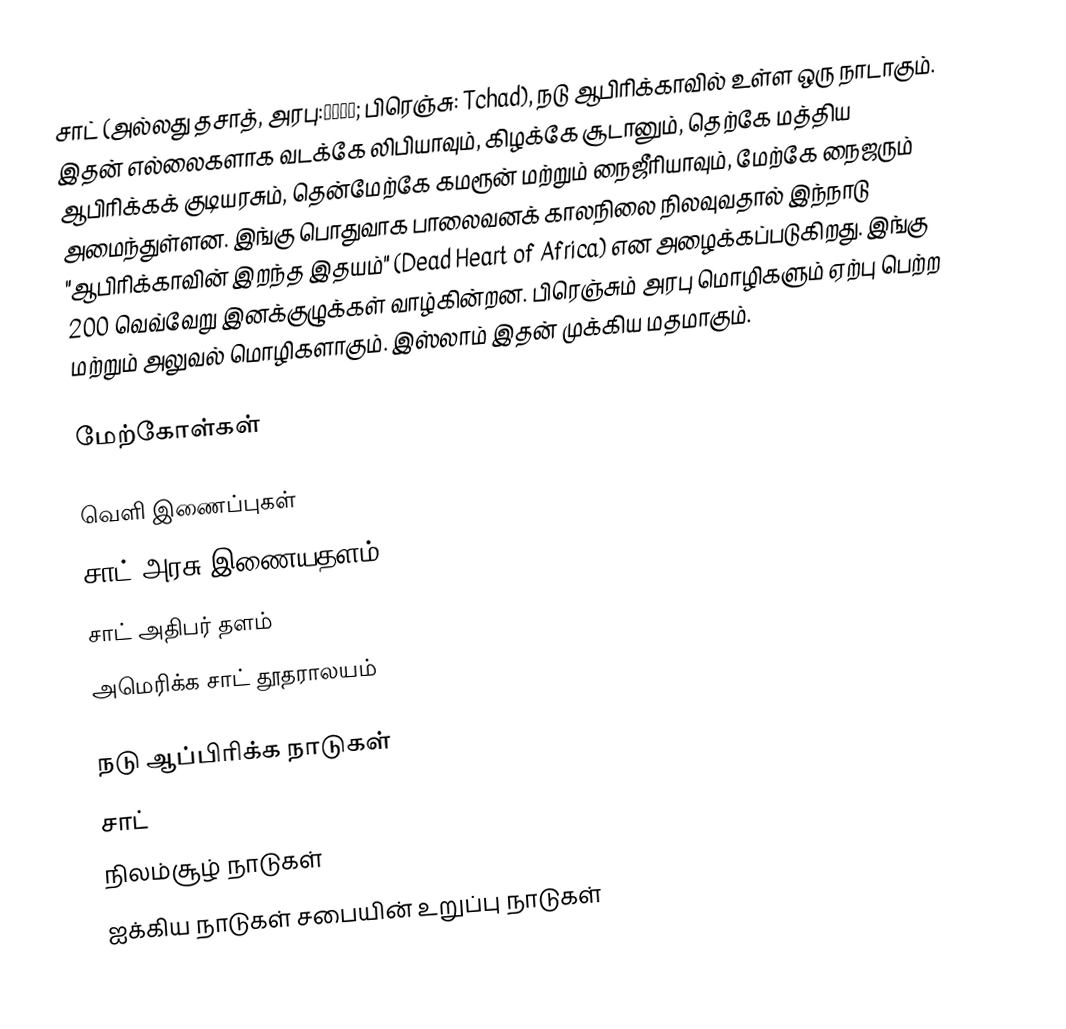
சாட் (அல்லது தசாத், அரபு:تشاد; பிரெஞ்சு: Tchad), நடு ஆபிரிக்காவில் உள்ள ஒரு நாடாகும். இதன் எல்லைகளாக வடக்கே லிபியாவும், கிழக்கே சூடானும், தெற்கே மத்திய ஆபிரிக்கக் குடியரசும், தென்மேற்கே கமரூன் மற்றும் நைஜீரியாவும், மேற்கே நைஜரும் அமைந்துள்ளன. இங்கு பொதுவாக பாலைவனக் காலநிலை நிலவுவதால் இந்நாடு "ஆபிரிக்காவின் இறந்த இதயம்" (Dead Heart of Africa) என அழைக்கப்படுகிறது. இங்கு 200 வெவ்வேறு இனக்குழுக்கள் வாழ்கின்றன. பிரெஞ்சும் அரபு மொழிகளும் ஏற்பு பெற்ற மற்றும் அலுவல் மொழிகளாகும். இஸ்லாம் இதன் முக்கிய மதமாகும்.

மேற்கோள்கள்

வெளி இணைப்புகள்
 சாட் அரசு இணையதளம்
 சாட் அதிபர் தளம்
 அமெரிக்க சாட் தூதராலயம்

நடு ஆப்பிரிக்க நாடுகள்
சாட்
நிலம்சூழ் நாடுகள்
ஐக்கிய நாடுகள் சபையின் உறுப்பு நாடுகள்